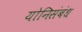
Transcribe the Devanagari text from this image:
योनिसंबंध